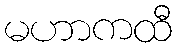
မဟာကထီ